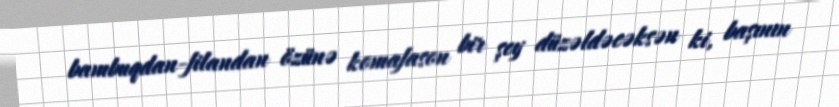
bambuqdan-filandan özünə komafason bir şey düzəldəcəksən ki, başının